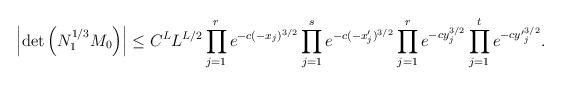
LaTeX: \begin{align*}\left|\det \left(N_1^{1/3}M_0\right)\right|\le C^LL^{L/2}\prod\limits_{j=1}^re^{-c(-x_j)^{3/2}}\prod\limits_{j=1}^se^{-c(-x'_j)^{3/2}}\prod\limits_{j=1}^re^{-cy_j^{3/2}}\prod\limits_{j=1}^te^{-c{y'}_j^{3/2}}.\end{align*}